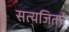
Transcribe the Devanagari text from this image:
सत्यजितने